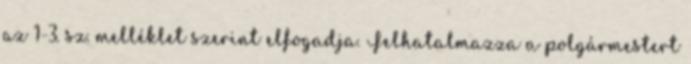
az 1-3. sz. melléklet szerint elfogadja. Felhatalmazza a polgármestert